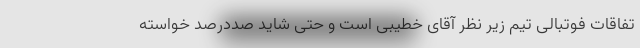
تفاقات فوتبالی تیم زیر نظر آقای خطیبی است و حتی شاید صددرصد خواسته